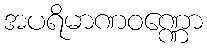
အပရိမာဏဝဏ္ဏော